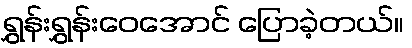
ရွှန်းရွှန်းဝေအောင် ပြောခဲ့တယ်။